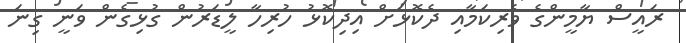
ރައީސް ޔާމީންގެ ވެރިކަމާއި ދެކޮޅަށް އިދިކޮޅު ހުރިހާ ލީޑަރުން ގުޅިގެން ވަނީ ގިނަ